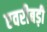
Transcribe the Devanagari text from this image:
एवरीबड़ी